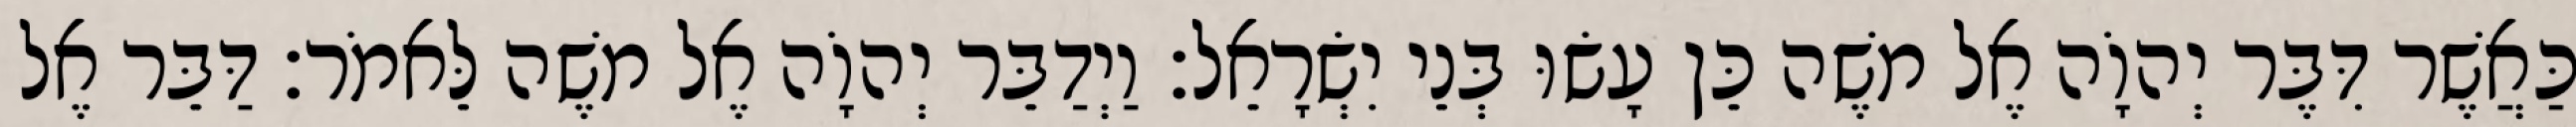
כַּאֲשֶׁר דִּבֶּר יְהוָֹה אֶל משֶׁה כֵּן עָשׂוּ בְּנֵי יִשְׂרָאֵל׃ וַיְדַבֵּר יְהוָֹה אֶל משֶׁה לֵּאמֹר׃ דַּבֵּר אֶל